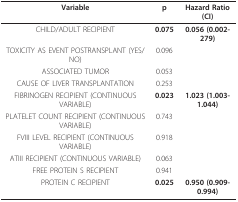
<table><thead><tr><td><b>Variable</b></td><td><b>p</b></td><td><b>Hazard Ratio (CI)</b></td></tr></thead><tbody><tr><td>CHILD/ADULT RECIPIENT</td><td><b>0.075</b></td><td><b>0.056 (0.002-279)</b></td></tr><tr><td>TOXICITY AS EVENT POSTRANSPLANT (YES/NO)</td><td>0.096</td><td></td></tr><tr><td>ASSOCIATED TUMOR</td><td>0.053</td><td></td></tr><tr><td>CAUSE OF LIVER TRANSPLANTATION</td><td>0.253</td><td></td></tr><tr><td>FIBRINOGEN RECIPIENT (CONTINUOUS VARIABLE)</td><td><b>0.023</b></td><td><b>1.023 (1.003-1.044)</b></td></tr><tr><td>PLATELET COUNT RECIPIENT (CONTINUOUS VARIABLE)</td><td>0.743</td><td></td></tr><tr><td>FVIII LEVEL RECIPIENT (CONTINUOUS VARIABLE)</td><td>0.918</td><td></td></tr><tr><td>ATIII RECIPIENT (CONTINUOUS VARIABLE)</td><td>0.063</td><td></td></tr><tr><td>FREE PROTEIN S RECIPIENT</td><td>0.941</td><td></td></tr><tr><td>PROTEIN C RECIPIENT</td><td><b>0.025</b></td><td><b>0.950 (0.909-0.994)</b></td></tr></tbody></table>